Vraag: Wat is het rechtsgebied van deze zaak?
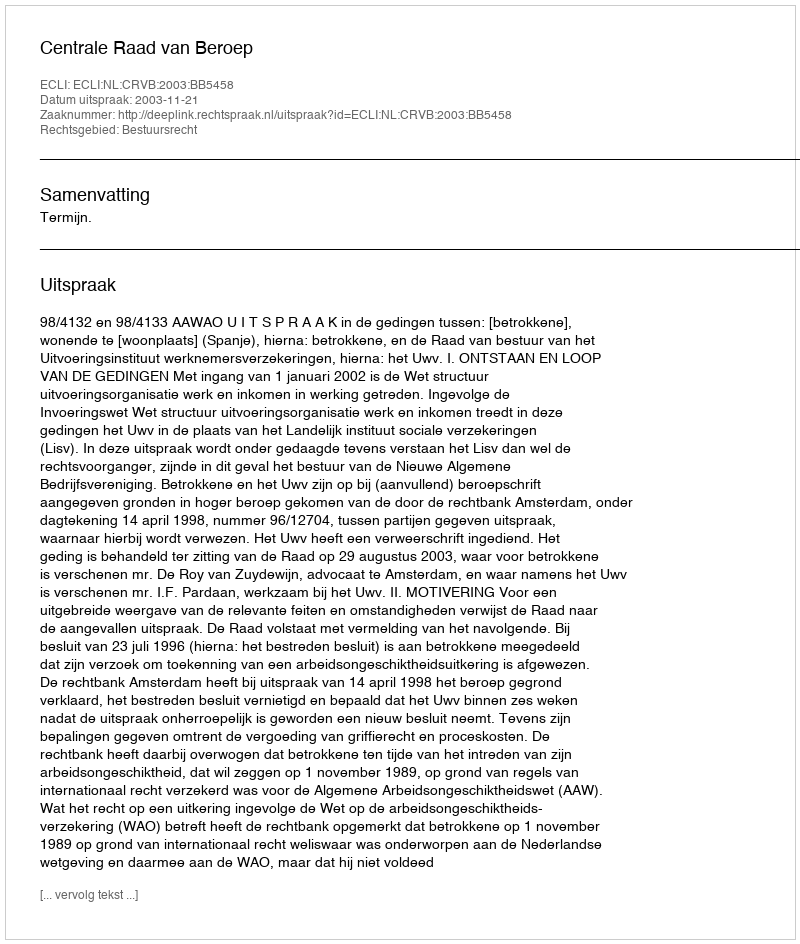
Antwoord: Bestuursrecht